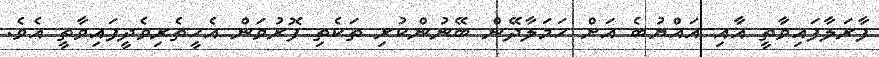
ފާރަލާފައިވާތީ އާއި އައްޔުބެ އަށް ހަމަލާދޭން ބޭނުންކުރި ތަކެތި ފޮރުވަން އެހީތެރިވެދީފައިވާތީ އެވެ.